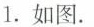
1.如图。